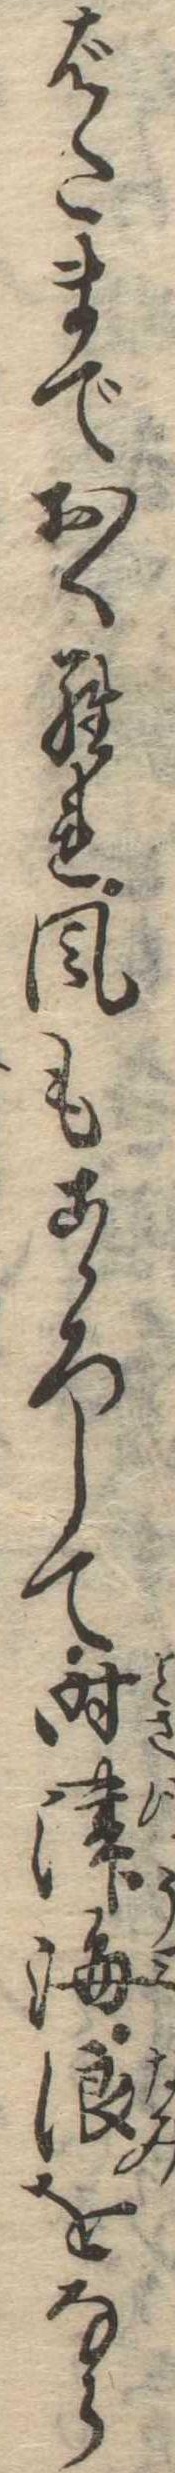
ばたまでおくられ風もこゝろして時津海浪をなら